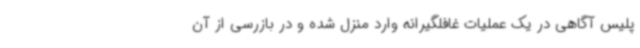
پلیس آگاهی در یک عملیات غافلگیرانه وارد منزل شده و در بازرسی از آن